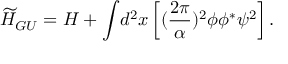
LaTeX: { \widetilde H } _ { G U } = H + { \displaystyle \int } d ^ { 2 } x \left[ ( \frac { 2 \pi } { \alpha } ) ^ { 2 } \phi \phi ^ { * } \psi ^ { 2 } \right] .